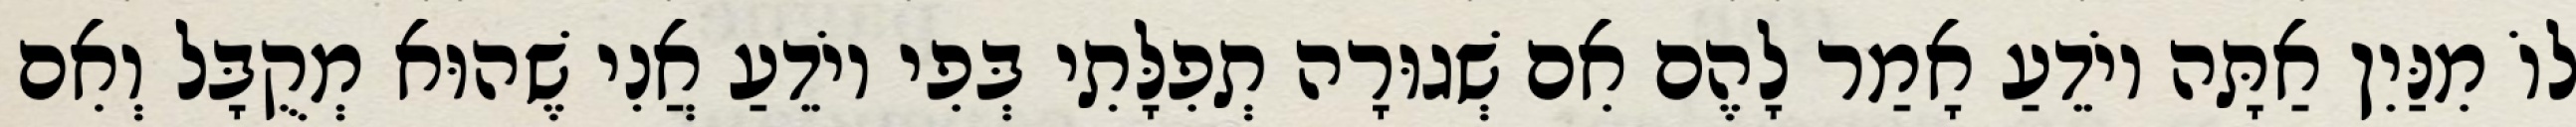
לוֹ מִנַּיִן אַתָּה יוֹדֵעַ אָמַר לָהֶם אִם שְׁגוּרָה תְפִלָּתִי בְּפִי יוֹדֵעַ אֲנִי שֶׁהוּא מְקֻבָּל וְאִם